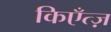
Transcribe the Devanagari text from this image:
किएँत्ज़